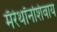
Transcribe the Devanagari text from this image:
मॅरेथॉनशिवाय